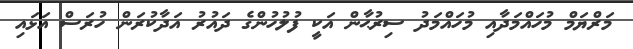
މަރްޔަމް މުހައްމަދާއި މުހައްމަދު ސިރުޙާން އަކީ ފުލުހުންގެ ދައުރު އަދާކުރަން ހުރަސް އަޅައި